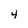
Character: 4